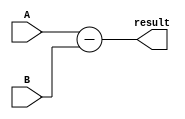
module subtractor (
    input [3:0] A,
    input [3:0] B,
    output reg [3:0] result
);

assign result = A - B;

endmodule